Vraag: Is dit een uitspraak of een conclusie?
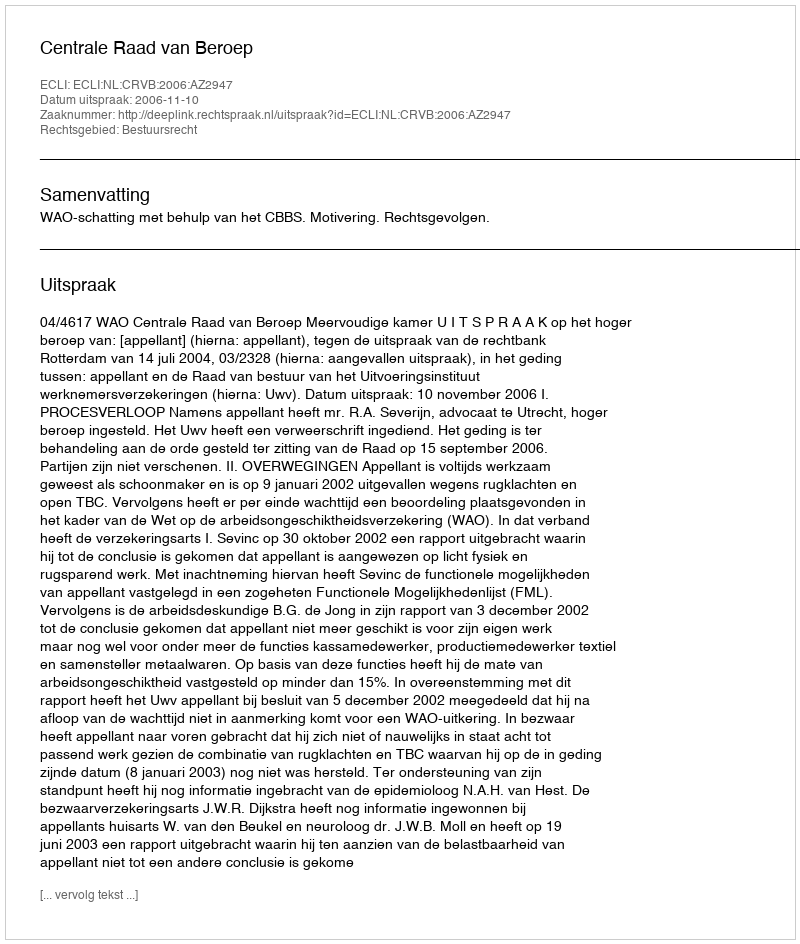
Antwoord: Uitspraak